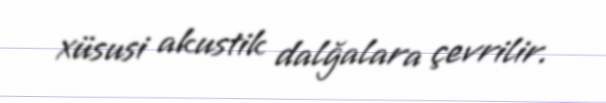
xüsusi akustik dalğalara çevrilir.